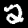
Label: 2